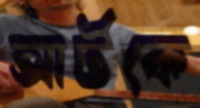
আর্টকে